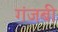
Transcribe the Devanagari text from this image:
गंजबी